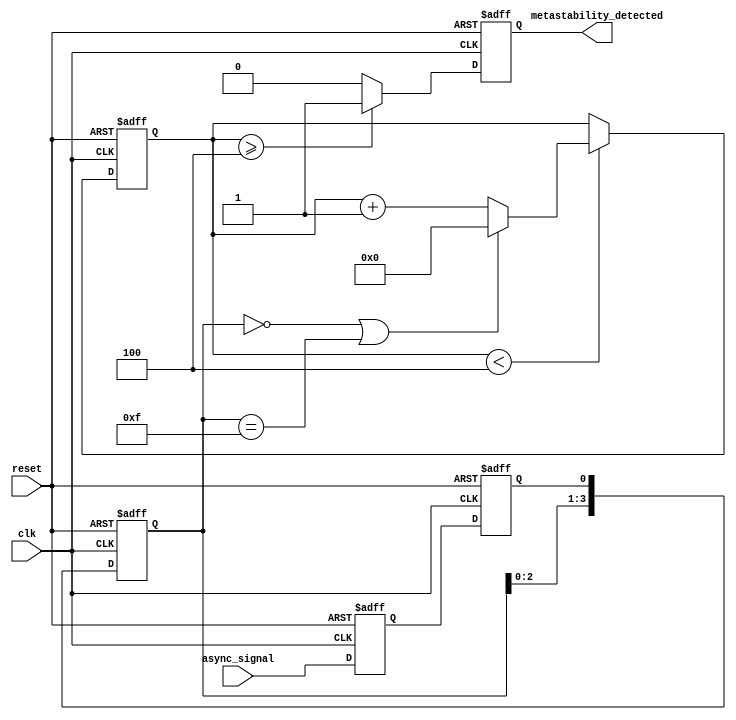
module metastability_detector (
    input wire clk,                // Sampling clock
    input wire async_signal,       // Asynchronous input signal
    input wire reset,              // Asynchronous reset signal
    output reg metastability_detected // Metastability detection output
);

    // Parameters
    parameter CYCLE_THRESHOLD = 4; // Number of cycles for metastability detection
    reg [CYCLE_THRESHOLD-1:0] latch2_output_history; // Store history of Latch2 outputs
    reg latch1_out, latch2_out;    // Outputs of the two latches
    reg [3:0] cycle_count;          // Count cycles for detection

    // Latch1: Samples async_signal on the rising edge of clk
    always @(posedge clk or posedge reset) begin
        if (reset) begin
            latch1_out <= 1'b0; // Reset Latch1
        end else begin
            latch1_out <= async_signal; // Sample the asynchronous input
        end
    end

    // Latch2: Samples output of Latch1 on the next clock edge
    always @(posedge clk or posedge reset) begin
        if (reset) begin
            latch2_out <= 1'b0; // Reset Latch2
            latch2_output_history <= 0; // Reset output history
            cycle_count <= 0; // Reset cycle count
            metastability_detected <= 1'b0; // Clear detection flag
        end else begin
            latch2_out <= latch1_out; // Sample output of Latch1
            latch2_output_history <= {latch2_output_history[CYCLE_THRESHOLD-2:0], latch2_out}; // Shift history register

            // Check for metastability detection
            if (cycle_count < CYCLE_THRESHOLD) begin
                if (latch2_output_history == {CYCLE_THRESHOLD{1'b0}} || latch2_output_history == {CYCLE_THRESHOLD{1'b1}}) begin
                    cycle_count <= 0; // Reset count if stable
                end else begin
                    cycle_count <= cycle_count + 1; // Increment count if unstable
                end
            end
            
            // Assert metastability detected if unstable for threshold cycles
            if (cycle_count >= CYCLE_THRESHOLD) begin
                metastability_detected <= 1'b1; // Metastability detected
            end else begin
                metastability_detected <= 1'b0; // No metastability detected
            end
        end
    end

endmodule